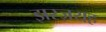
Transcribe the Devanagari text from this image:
झरज़यह